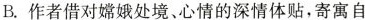
B.作者借对嫦娥处境、心情的深情体贴，寄寓自